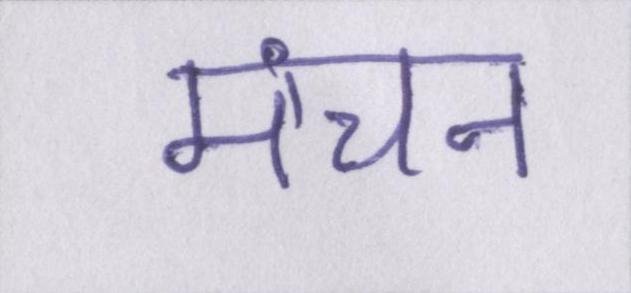
मंचन